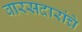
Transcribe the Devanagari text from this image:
वारसदारांचे